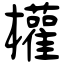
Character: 權